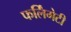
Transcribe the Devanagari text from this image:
फर्लिंगेटी